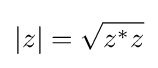
|z|={\sqrt {z^{*}z}}